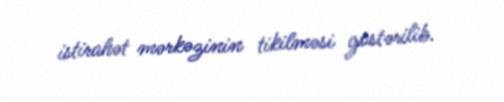
istirahət mərkəzinin tikilməsi göstərilib.